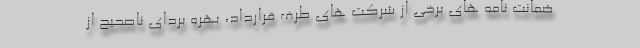
ضمانت نامه های برخی از شرکت های طرف قرارداد، بهره بردای ناصحیح از